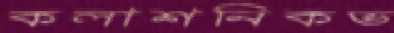
কলাশনিকভ